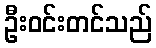
ဦးဝင်းတင်သည်